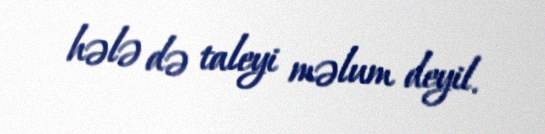
hələ də taleyi məlum deyil.